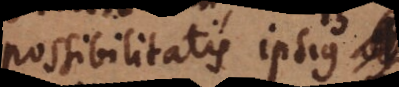
possibilitatis ipsius B